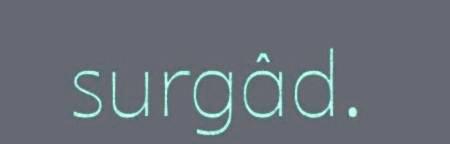
surgâd.